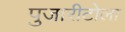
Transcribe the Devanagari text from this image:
पुजारीटोला